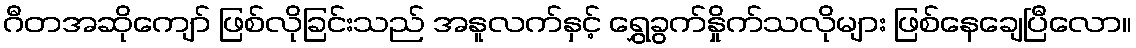
ဂီတအဆိုကျော် ဖြစ်လိုခြင်းသည် အနူလက်နှင့် ရွှေခွက်နှိုက်သလိုများ ဖြစ်နေချေပြီလော။